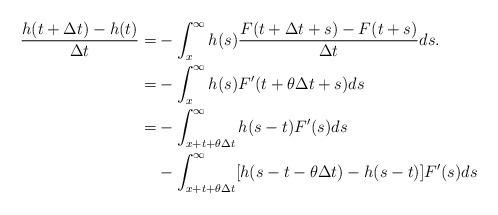
LaTeX: \begin{align*} \frac{h(t+\Delta t)-h(t)}{\Delta t}=&-\int_x^\infty h(s)\frac{F(t+\Delta t+s)-F(t+s)}{\Delta t}ds.\\ =&-\int_x^\infty h(s)F'(t+\theta\Delta t+s)ds\\ =&-\int_{x+t+\theta\Delta t}^\infty h(s-t)F'(s)ds\\ &-\int_{x+t+\theta\Delta t}^\infty [h(s-t-\theta\Delta t)-h(s-t)]F'(s)ds\end{align*}